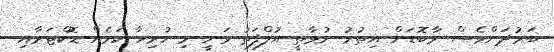
ބަރުދަންވެސް މާބޮޑަށް އިތުރު ނުވާތީ އުލްފަތު ވަނީ މި ހުރިހާ ކަމެއް ޑޮކްޓަރާއި